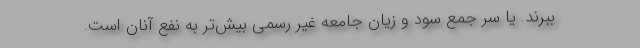
ببرند. یا سر جمع سود و زیان جامعه غیر رسمی بیش‌تر به نفع آنان است.